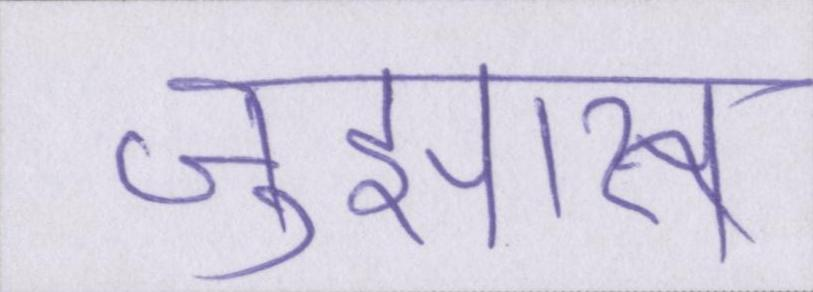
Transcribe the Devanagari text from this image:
जुझारू